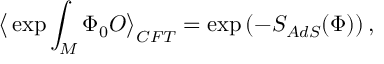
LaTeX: \big < \exp \int _ { \cal M } \Phi _ { 0 } { \cal O } \big > _ { C F T } = \exp \left( - S _ { A d S } ( \Phi ) \right) ,